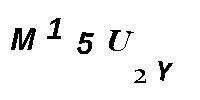
M15U2Y